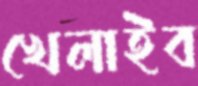
খেলাইব